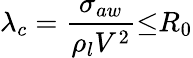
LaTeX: {\lambda}_{c}=\frac{{\sigma}_{aw}}{{\rho}_{l}V^{2}}{\leq}R_{0}